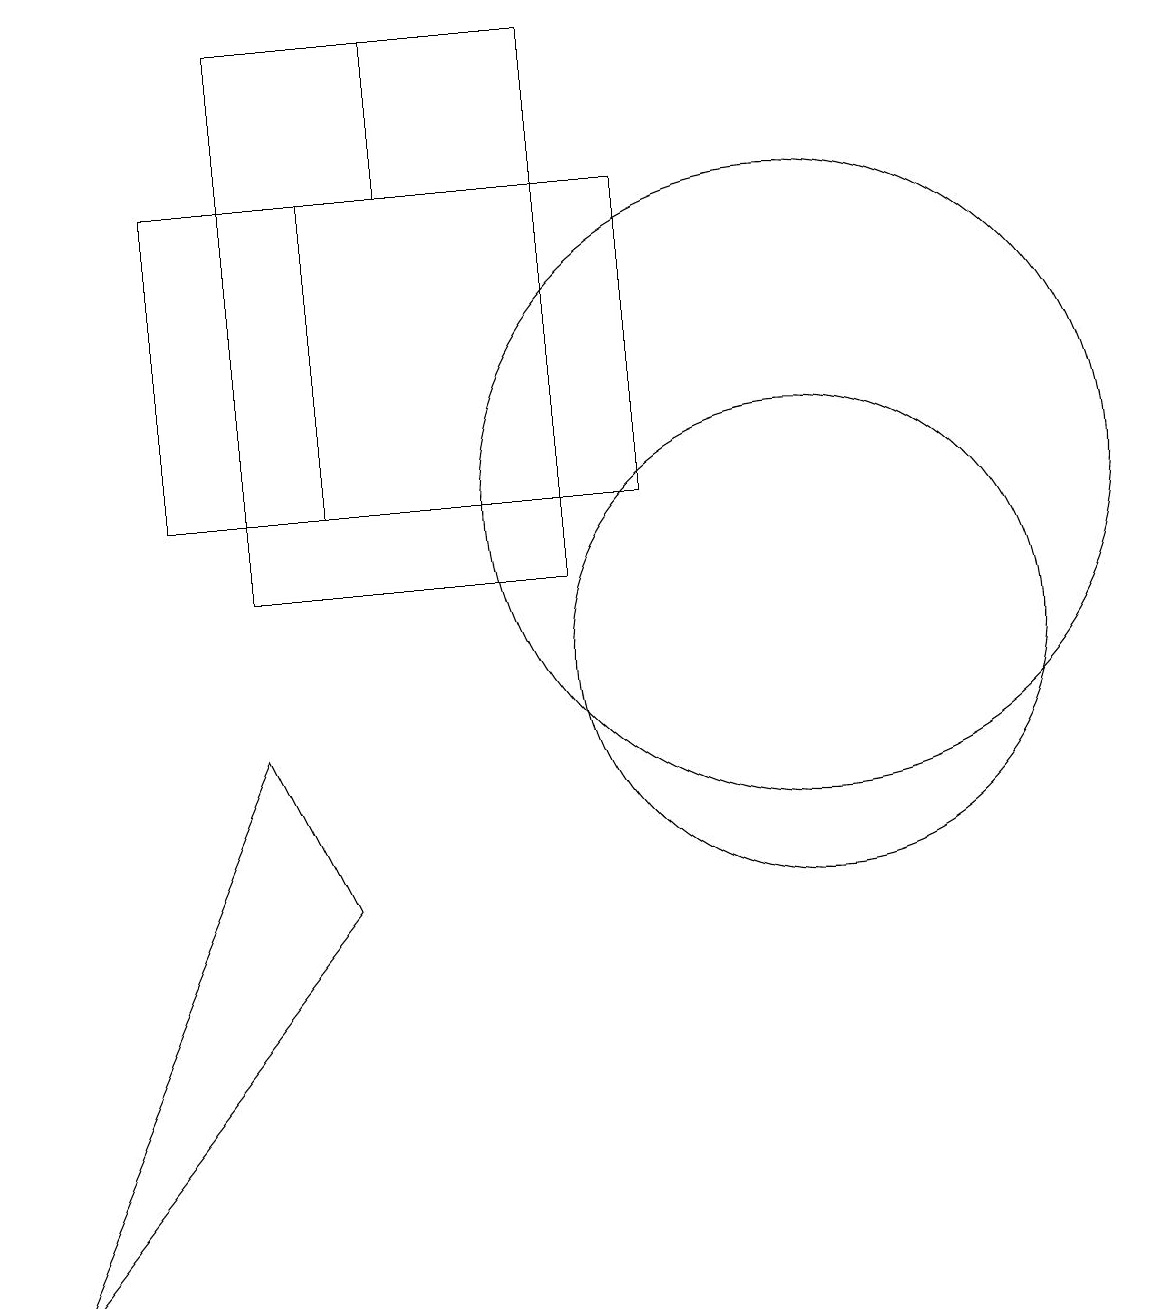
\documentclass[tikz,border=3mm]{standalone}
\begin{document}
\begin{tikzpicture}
\draw (10,12) circle (4);
\draw (3,9) -- (4,7) -- (0,2) -- cycle;
\draw (5,16) rectangle (7,18);
\draw (8,16) rectangle (4,12);
\draw (3,18) rectangle (7,11);
\draw (7,16) rectangle (2,12);
\draw (10,10) circle (3);
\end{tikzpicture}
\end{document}